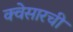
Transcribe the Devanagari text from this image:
क्वेसारची